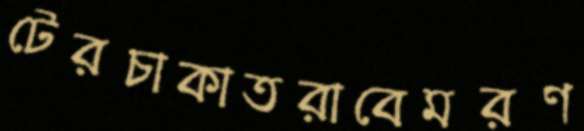
টেরচাকাতরাবেমরণ